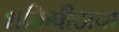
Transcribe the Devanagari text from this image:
शक्तिपीठाचा